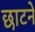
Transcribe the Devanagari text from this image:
छाटने